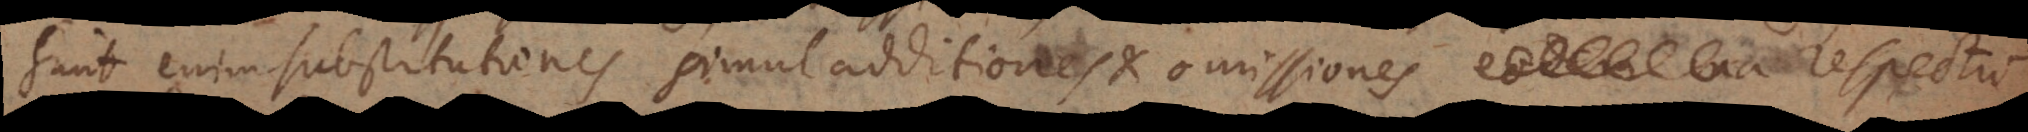
sunt enim substitutiones simul additiones et omissiones eaedem